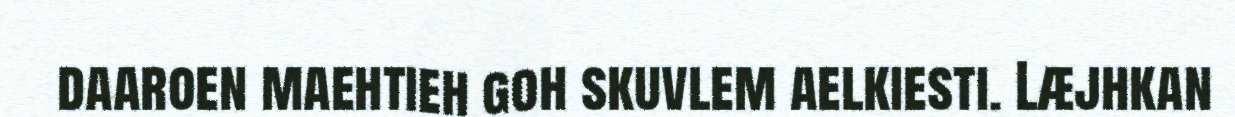
daaroen maehtieh goh skuvlem aelkiesti. Læjhkan